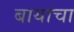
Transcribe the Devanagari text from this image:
बायांचा